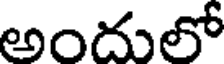
అందులో